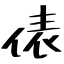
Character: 俵